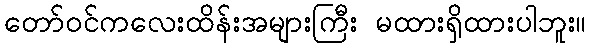
တော်ဝင်ကလေးထိန်းအများကြီး မထားရှိထားပါဘူး။